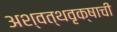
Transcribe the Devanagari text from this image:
अश्वत्थवृक्षाची